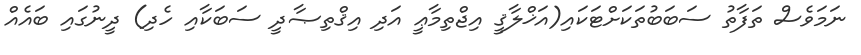
ނަމަވެސް ތަފާތު ސަބަބުތަކަށްޓަކައި(އަޚްލާޤީ އިޖްތިމާޢީ އަދި އިޤްތިޞާދީ ސަބަކާއި ހެދި) ދީނުގައި ބައެއް